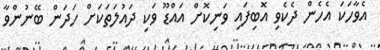
އެވާހަކަ އެހެން ދެކެވި އޮބިފައި ވަނިކޮށް އައްޑޫ ވަކި ދައުލަތަކަށް ހަދަން ބޭނުންވާ